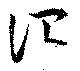
詔